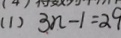
( 1 ) 3 n - 1 = 2 9